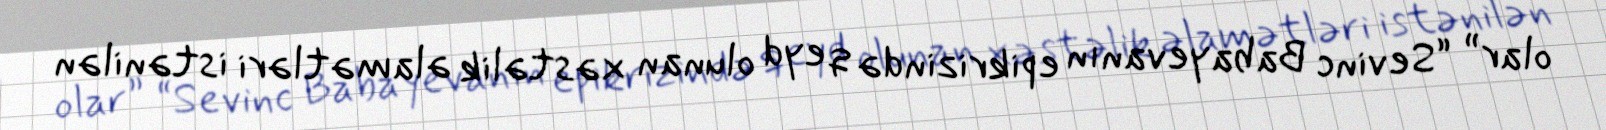
olar” “Sevinc Babayevanın epikrizində qeyd olunan xəstəlik əlamətləri istənilən